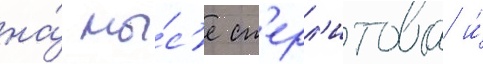
на́ мы́с'е ст'ерл'игова и́